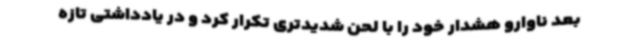
بعد ناوارو هشدار خود را با لحن شدیدتری تکرار کرد و در یادداشتی تازه